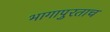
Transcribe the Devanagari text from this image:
भागापुरताच